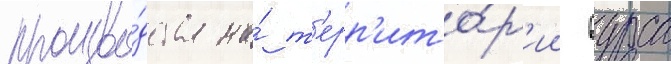
произво́дства на́ т'ерр'ито́р'ии вурса